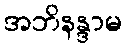
အဘိနန္ဒာမ